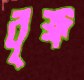
বৃক্ষ